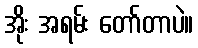
အိုး အရမ်း တော်တာပဲ။